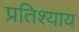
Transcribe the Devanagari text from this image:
प्रतिश्‍याय